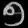
Digit: ၅